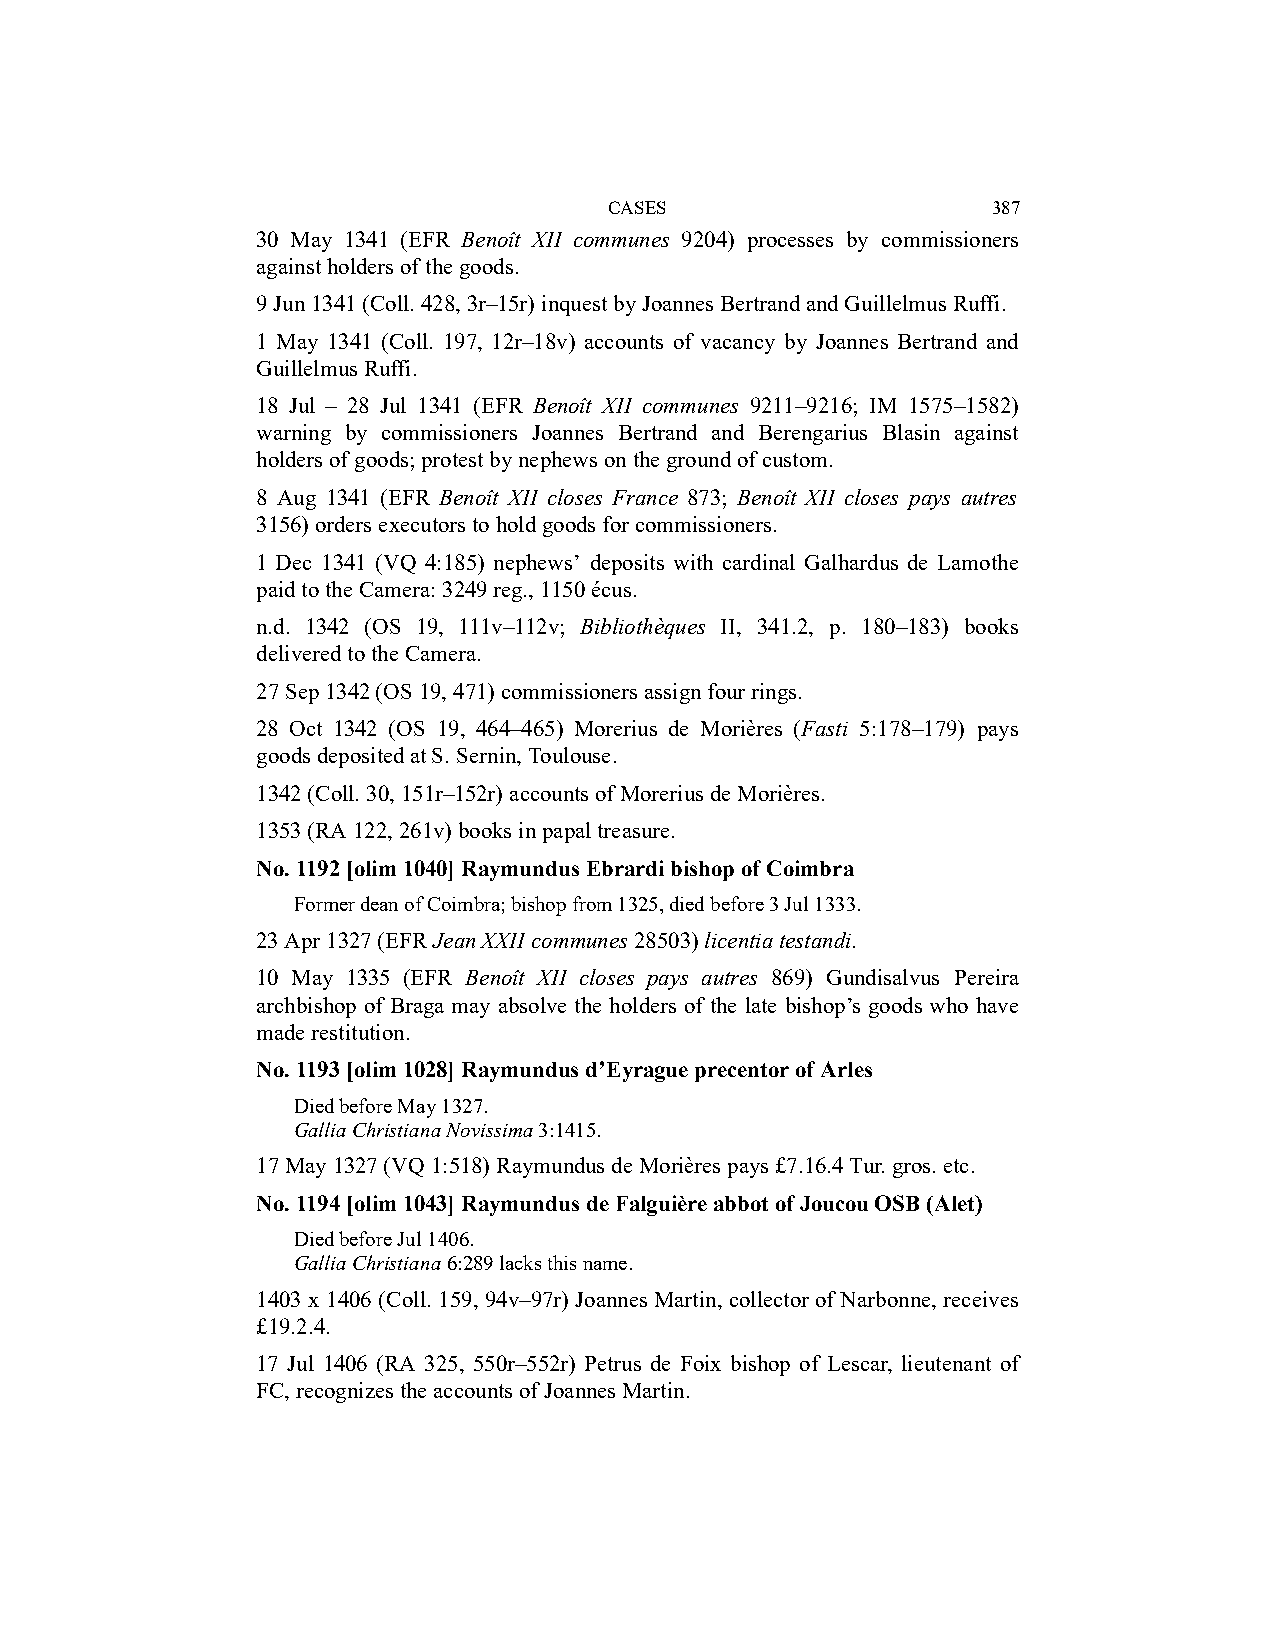
CASES                     387
 30 May 1341 (EFR Benoît XII communes 9204) processes by commissioners
 against holders of the goods.
 9 Jun 1341 (Coll. 428, 3r–15r) inquest by Joannes Bertrand and Guillelmus Ruffi.
 1 May 1341 (Coll. 197, 12r–18v) accounts of vacancy by Joannes Bertrand and
 Guillelmus Ruffi.
 18 Jul – 28 Jul 1341 (EFR Benoît XII communes 9211–9216; IM 1575–1582)
 warning by commissioners Joannes Bertrand and Berengarius Blasin against
 holders of goods; protest by nephews on the ground of custom.
 8 Aug 1341 (EFR Benoît XII closes France 873; Benoît XII closes pays autres
 3156) orders executors to hold goods for commissioners.
 1 Dec 1341 (VQ 4:185) nephews’ deposits with cardinal Galhardus de Lamothe
 paid to the Camera: 3249 reg., 1150 écus.
 n.d. 1342 (OS 19, 111v–112v; Bibliothèques II, 341.2, p. 180–183) books
 delivered to the Camera.
 27 Sep 1342 (OS 19, 471) commissioners assign four rings.
 28 Oct 1342 (OS 19, 464–465) Morerius de Morières (Fasti 5:178–179) pays
 goods deposited at S. Sernin, Toulouse.
 1342 (Coll. 30, 151r–152r) accounts of Morerius de Morières.
 1353 (RA 122, 261v) books in papal treasure.
 No. 1192 [olim 1040] Raymundus Ebrardi bishop of Coimbra
 Former dean of Coimbra; bishop from 1325, died before 3 Jul 1333.
 23 Apr 1327 (EFR Jean XXII communes 28503) licentia testandi.
 10 May 1335 (EFR Benoît XII closes pays autres 869) Gundisalvus Pereira
 archbishop of Braga may absolve the holders of the late bishop’s goods who have
 made restitution.
 No. 1193 [olim 1028] Raymundus d’Eyrague precentor of Arles
 Died before May 1327.
 Gallia Christiana Novissima 3:1415.
 17 May 1327 (VQ 1:518) Raymundus de Morières pays £7.16.4 Tur. gros. etc.
 No. 1194 [olim 1043] Raymundus de Falguière abbot of Joucou OSB (Alet)
 Died before Jul 1406.
 Gallia Christiana 6:289 lacks this name.
 1403 x 1406 (Coll. 159, 94v–97r) Joannes Martin, collector of Narbonne, receives
 £19.2.4.
 17 Jul 1406 (RA 325, 550r–552r) Petrus de Foix bishop of Lescar, lieutenant of
 FC, recognizes the accounts of Joannes Martin.